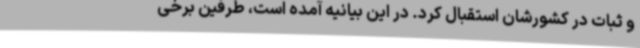
و ثبات در کشورشان استقبال کرد. در این بیانیه آمده است، طرفین برخی